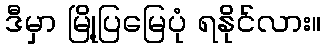
ဒီမှာ မြို့ပြမြေပုံ ရနိုင်လား။